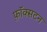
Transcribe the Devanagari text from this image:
फ़ॉक्सटन